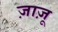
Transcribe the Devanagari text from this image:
ज़ाज़ू